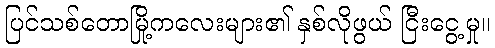
ပြင်သစ်တောမြို့ကလေးများ၏ နှစ်လိုဖွယ် ငြီးငွေ့မှု။